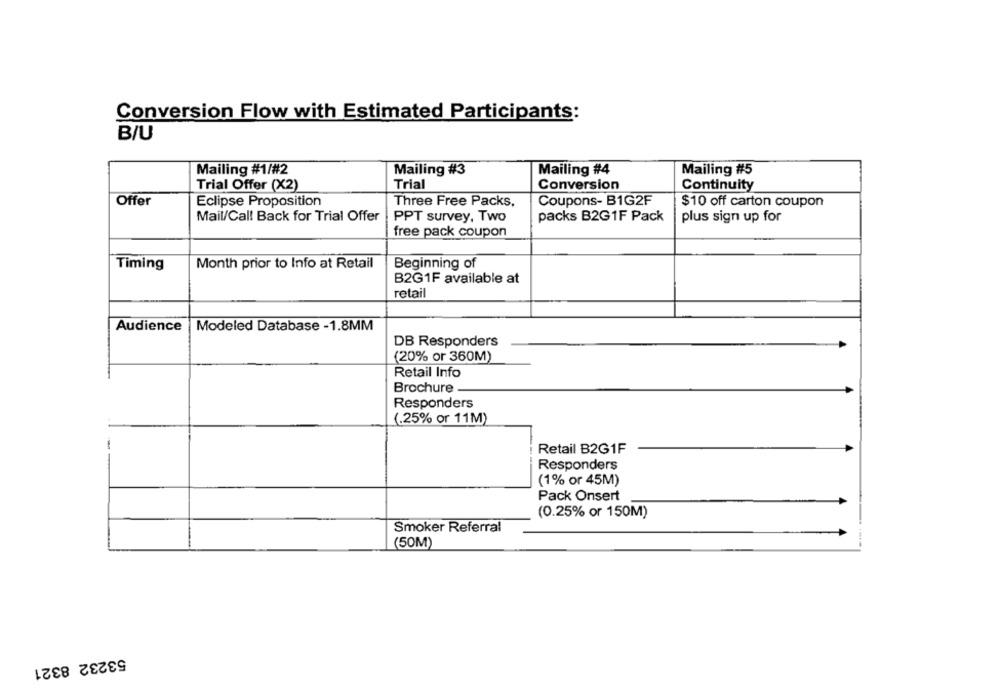
Conversion Flow with Estimated Participants:
B/U
Mailing #1/#2
Mailing #3
Mailing #4
Mailing #5
Trial
Conversion
Continuity
Trial Offer (X2)
Offer
Coupons- B1G2F
Eclipse Proposition
Three Free Packs,
$10 off carton coupon
Mail/Call Back for Trial Offer
PPT survey, Two
packs B2G1F Pack
plus sign up for
free pack coupon
Timing
Month prior to Info at Retail
Beginning of
B2G1F available at
retail
Audience
Modeled Database - 1.8MM
DB Responders
(20% or 360M)
Retail Info
Brochure
Responders
(.25% or 11M)
Retail B2G1F
Responders
(1% or 45M)
Pack Onsert
(0.25% or 150M)
Smoker Referral
(50M)
53232 8321